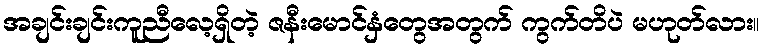
အချင်းချင်းကူညီလေ့ရှိတဲ့ ဇနီးမောင်နှံတွေအတွက် ကွက်တိပဲ မဟုတ်လား။